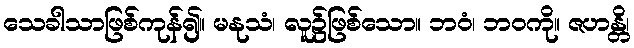
သေခါသာဖြစ်ကုန်၍။ မနုသံ၊ လူ၌ဖြစ်သော။ ဘဝံ၊ ဘဝကို။ ဇဟန္တိ၊